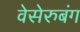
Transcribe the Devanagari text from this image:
वेसेरुबंग